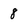
Character: 8